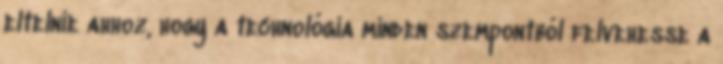
eltelnie ahhoz, hogy a technológia minden szempontból felvehesse a